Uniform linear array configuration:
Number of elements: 48
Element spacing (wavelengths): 0.25
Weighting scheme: blackman
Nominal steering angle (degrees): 15
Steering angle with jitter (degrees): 14.07
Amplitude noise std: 0.05
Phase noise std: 0.05

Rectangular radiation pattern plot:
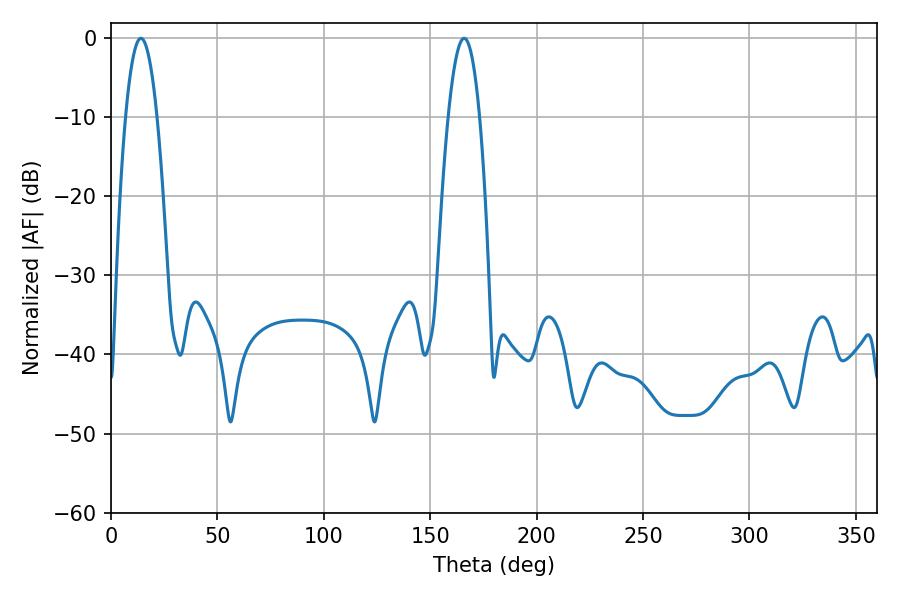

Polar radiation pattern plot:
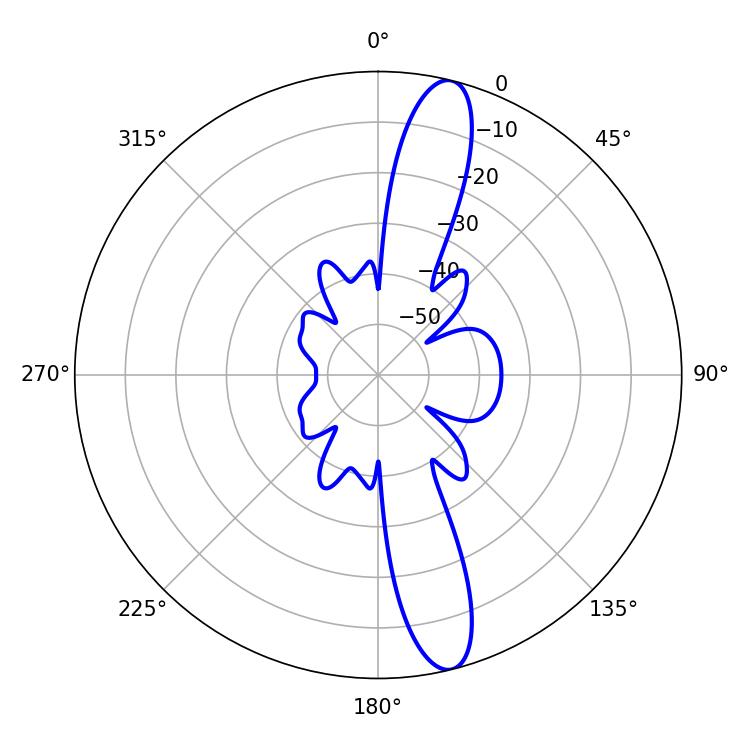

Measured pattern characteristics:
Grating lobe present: FALSE
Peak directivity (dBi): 14.274
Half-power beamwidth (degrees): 8.1
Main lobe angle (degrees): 14.04